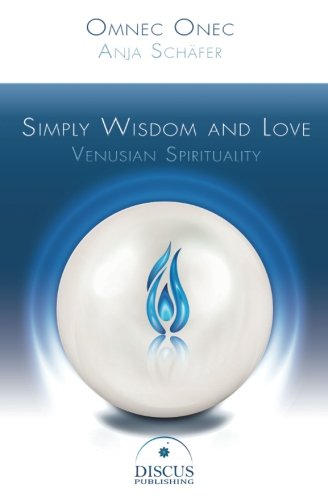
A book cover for Simply Wisdom and Love: Venusian Spirituality; Ms. Omnec Onec; Science & Math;